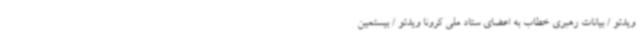
ویدئو / بیانات رهبری خطاب به اعضای ستاد ملی کرونا ویدئو / بیستمین